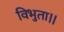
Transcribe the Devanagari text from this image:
विभुता।।